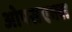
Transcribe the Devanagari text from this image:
ओपसएक्स